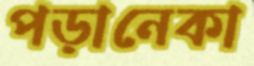
পড়ানেকা